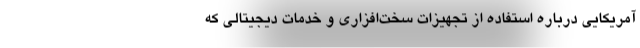
آمریکایی درباره استفاده از تجهیزات سخت‌افزاری و خدمات دیجیتالی که